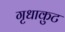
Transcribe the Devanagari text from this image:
गृधाकुट